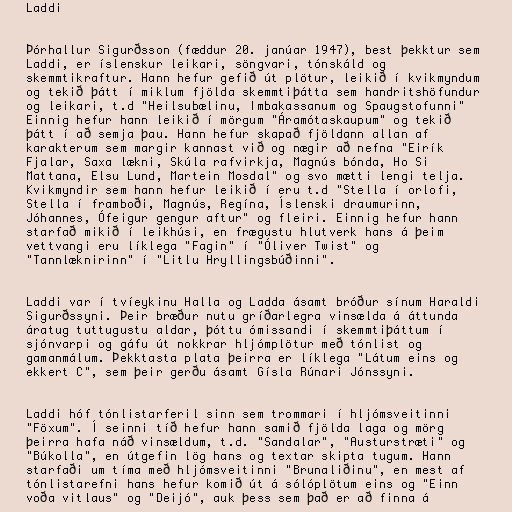
Laddi

Þórhallur Sigurðsson (fæddur 20. janúar 1947), best þekktur sem
Laddi, er íslenskur leikari, söngvari, tónskáld og
skemmtikraftur. Hann hefur gefið út plötur, leikið í kvikmyndum
og tekið þátt í miklum fjölda skemmtiþátta sem handritshöfundur
og leikari, t.d "Heilsubælinu, Imbakassanum og Spaugstofunni"
Einnig hefur hann leikið í mörgum "Áramótaskaupum" og tekið
þátt í að semja þau. Hann hefur skapað fjöldann allan af
karakterum sem margir kannast við og nægir að nefna "Eirík
Fjalar, Saxa lækni, Skúla rafvirkja, Magnús bónda, Ho Si
Mattana, Elsu Lund, Martein Mosdal" og svo mætti lengi telja.
Kvikmyndir sem hann hefur leikið í eru t.d "Stella í orlofi,
Stella í framboði, Magnús, Regína, Íslenski draumurinn,
Jóhannes, Ófeigur gengur aftur" og fleiri. Einnig hefur hann
starfað mikið í leikhúsi, en frægustu hlutverk hans á þeim
vettvangi eru líklega "Fagin" í "Óliver Twist" og
"Tannlæknirinn" í "Litlu Hryllingsbúðinni".

Laddi var í tvíeykinu Halla og Ladda ásamt bróður sínum Haraldi
Sigurðssyni. Þeir bræður nutu gríðarlegra vinsælda á áttunda
áratug tuttugustu aldar, þóttu ómissandi í skemmtiþáttum í
sjónvarpi og gáfu út nokkrar hljómplötur með tónlist og
gamanmálum. Þekktasta plata þeirra er líklega "Látum eins og
ekkert C", sem þeir gerðu ásamt Gísla Rúnari Jónssyni.

Laddi hóf tónlistarferil sinn sem trommari í hljómsveitinni
"Föxum". Í seinni tíð hefur hann samið fjölda laga og mörg
þeirra hafa náð vinsældum, t.d. "Sandalar", "Austurstræti" og
"Búkolla", en útgefin lög hans og textar skipta tugum. Hann
starfaði um tíma með hljómsveitinni "Brunaliðinu", en mest af
tónlistarefni hans hefur komið út á sólóplötum eins og "Einn
voða vitlaus" og "Deijó", auk þess sem það er að finna á